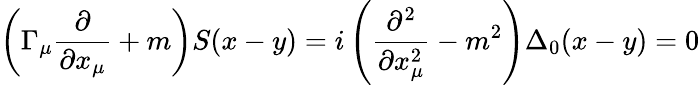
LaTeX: \left(\Gamma_{\mu}\frac\partial{\partial x_{\mu}}+m\right)S(x-y)=i\left(\frac{\partial^{2}}{\partial x_{\mu}^{2}}-m^{2}\right)\Delta_{0}(x-y)=0